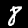
Digit: 8